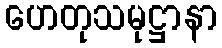
ဟေတုသမုဋ္ဌာနာ